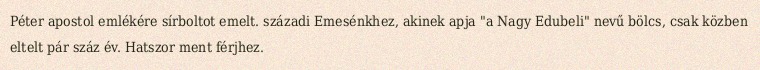
Péter apostol emlékére sírboltot emelt. századi Emesénkhez, akinek apja "a Nagy Edubeli" nevű bölcs, csak közben eltelt pár száz év. Hatszor ment férjhez.